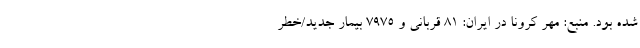
شده بود. منبع: مهر کرونا در ایران: ۸۱ قربانی و ۷۹۷۵ بیمار جدید/خطر